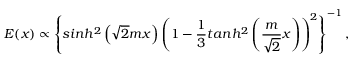
E ( x ) \propto \left\{ s i n h ^ { 2 } \left( \sqrt { 2 } m x \right) \left( 1 - \frac 1 3 t a n h ^ { 2 } \left( \frac { m } { \sqrt 2 } x \right) \right) ^ { 2 } \right\} ^ { - 1 } ,